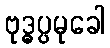
ဗုဒ္ဓပ္ပမုခေါ